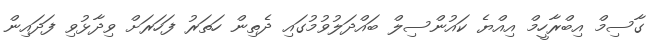
ގާސިމް އިބްރާހީމް އިއްޔެ ކައުންސިލް ބައްދަލުވުމުގައި ދެތިން ހަތަރު ފަހަރަށް ވިދާޅުވި ފަދައިން